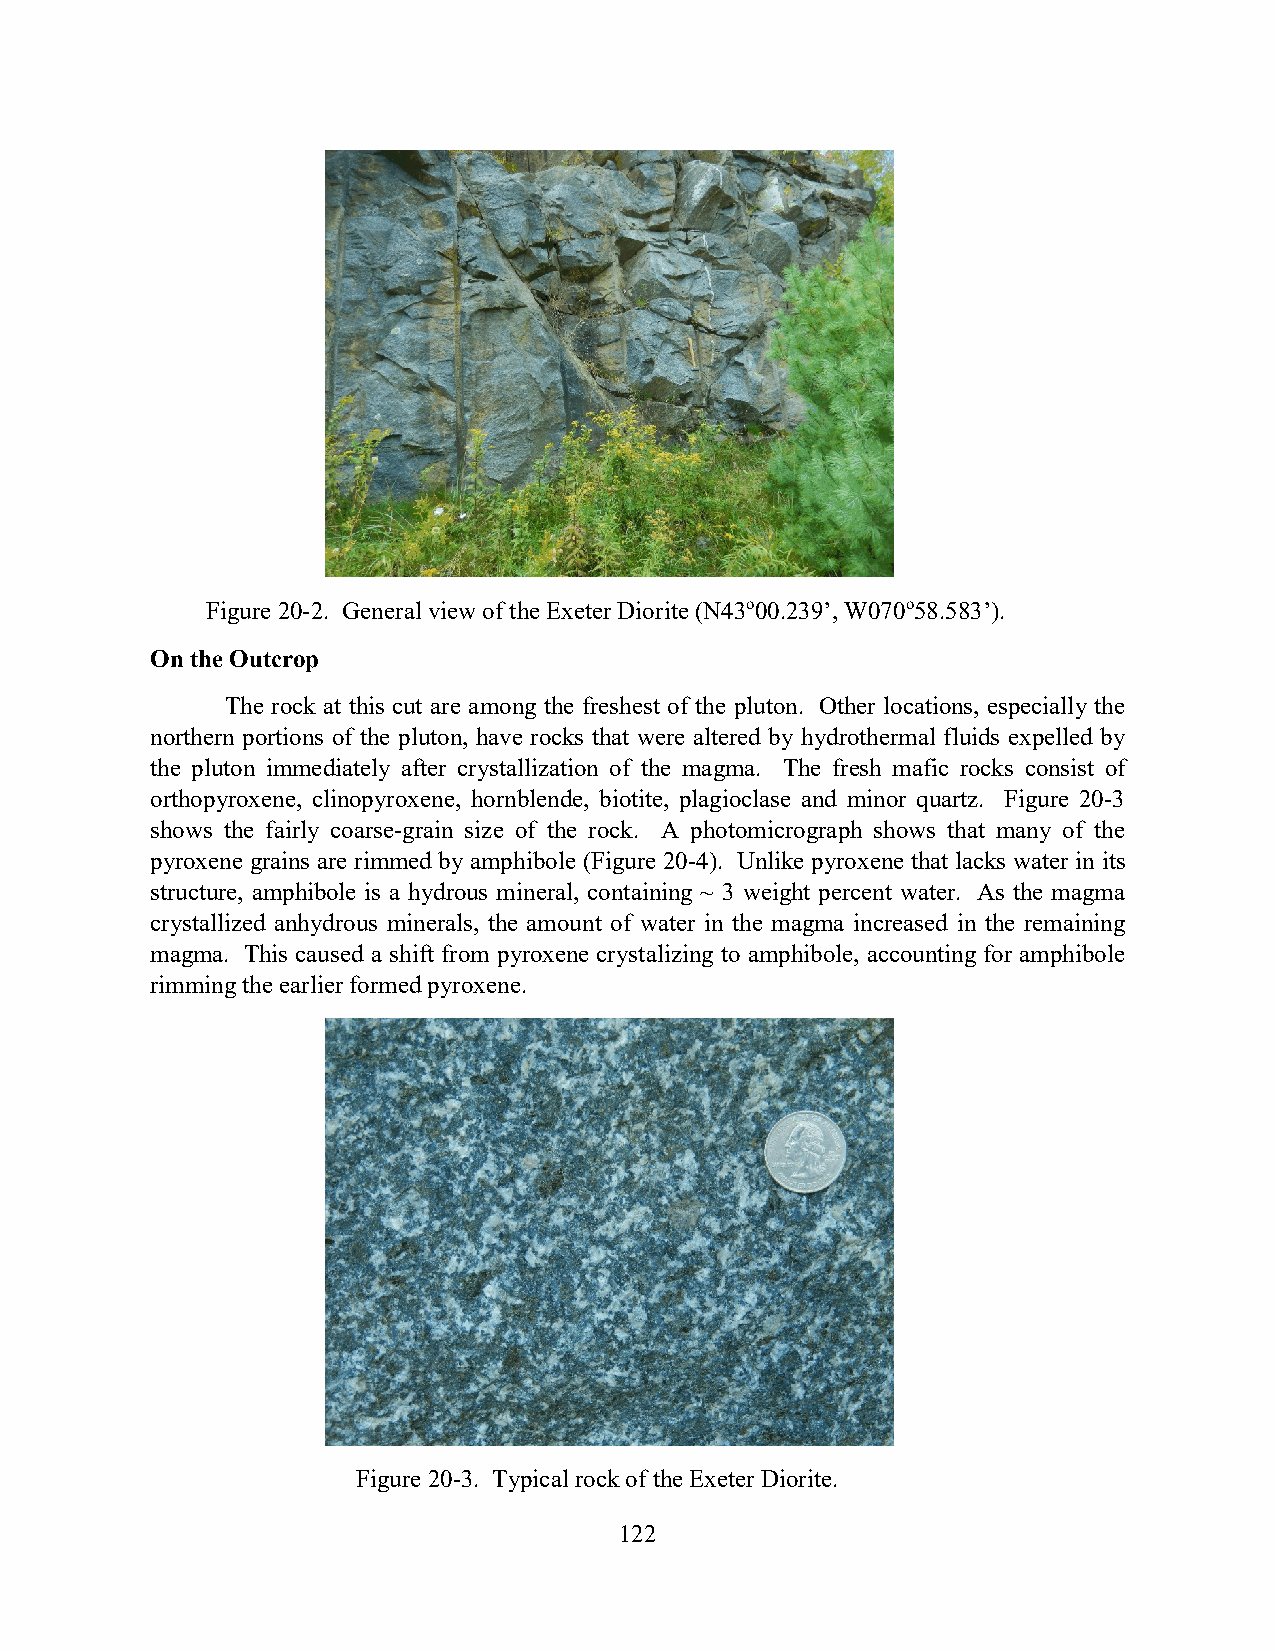
Figure 20-2. General view of the Exeter Diorite (N43o00.239’, W070o58.583’).
 On the Outcrop
 The rock at this cut are among the freshest of the pluton. Other locations, especially the
 northern portions of the pluton, have rocks that were altered by hydrothermal fluids expelled by
 the pluton immediately after crystallization of the magma. The fresh mafic rocks consist of
 orthopyroxene, clinopyroxene, hornblende, biotite, plagioclase and minor quartz. Figure 20-3
 shows the fairly coarse-grain size of the rock. A photomicrograph shows that many of the
 pyroxene grains are rimmed by amphibole (Figure 20-4). Unlike pyroxene that lacks water in its
 structure, amphibole is a hydrous mineral, containing ~ 3 weight percent water. As the magma
 crystallized anhydrous minerals, the amount of water in the magma increased in the remaining
 magma. This caused a shift from pyroxene crystalizing to amphibole, accounting for amphibole
 rimming the earlier formed pyroxene.
 Figure 20-3. Typical rock of the Exeter Diorite.
 122